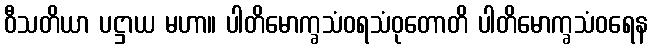
ဝီသတိယာ ပဋ္ဌာယ မဟာ။ ပါတိမောက္ခသံဝရသံဝုတောတိ ပါတိမောက္ခသံဝရေန